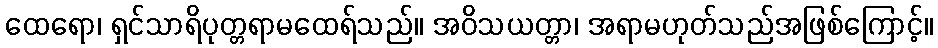
ထေရော၊ ရှင်သာရိပုတ္တရာမထေရ်သည်။ အဝိသယတ္တာ၊ အရာမဟုတ်သည်အဖြစ်ကြောင့်။